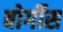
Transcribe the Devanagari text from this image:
बोर्गीस